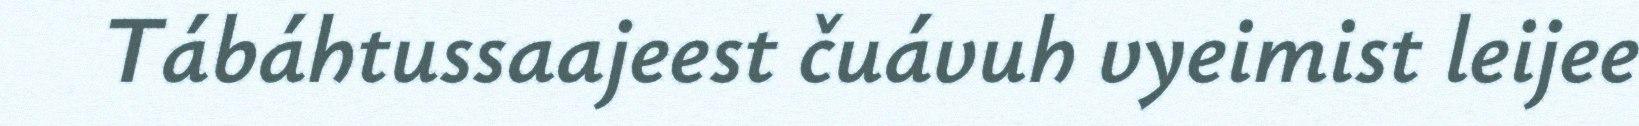
Tábáhtussaajeest čuávuh vyeimist leijee